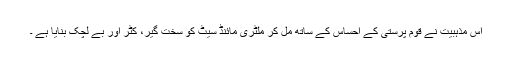
اس مذہبیت نے قوم پرستی کے احساس کے ساتھ مل کر ملٹری مائنڈ سیٹ کو سخت گیر، کٹر اور بے لچک بنایا ہے ۔